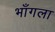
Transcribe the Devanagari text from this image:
भाँगला